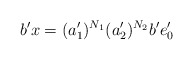
\begin{align*}b'x = (a_1')^{N_1}(a_2')^{N_2}b'e_0'\end{align*}